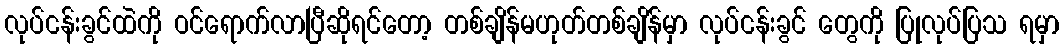
လုပ်ငန်းခွင်ထဲကို ဝင်ရောက်လာပြီဆိုရင်တော့ တစ်ချိန်မဟုတ်တစ်ချိန်မှာ လုပ်ငန်းခွင် တွေကို ပြုလုပ်ပြသ ရမှာ